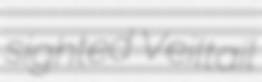
sighted Veiltail